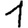
Digit: 1